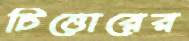
চিত্তোরের